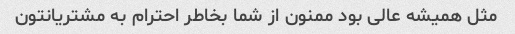
مثل همیشه عالی بود ممنون از شما بخاطر احترام به مشتریانتون